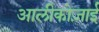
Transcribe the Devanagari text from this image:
आलीकोज़ाई